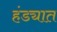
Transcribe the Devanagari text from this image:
हंड्यात